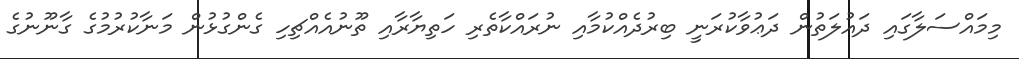
މިމައްސަލާގައި ދައުލަތުން ދަޢުވާކުރަނީ ބިރުދެއްކުމާއި ނުރައްކާތެރި ހަތިޔާރާއި ތޫނުއެއްޗިހި ގެންގުޅުން މަނާކުރުމުގެ ގާނޫނުގެ